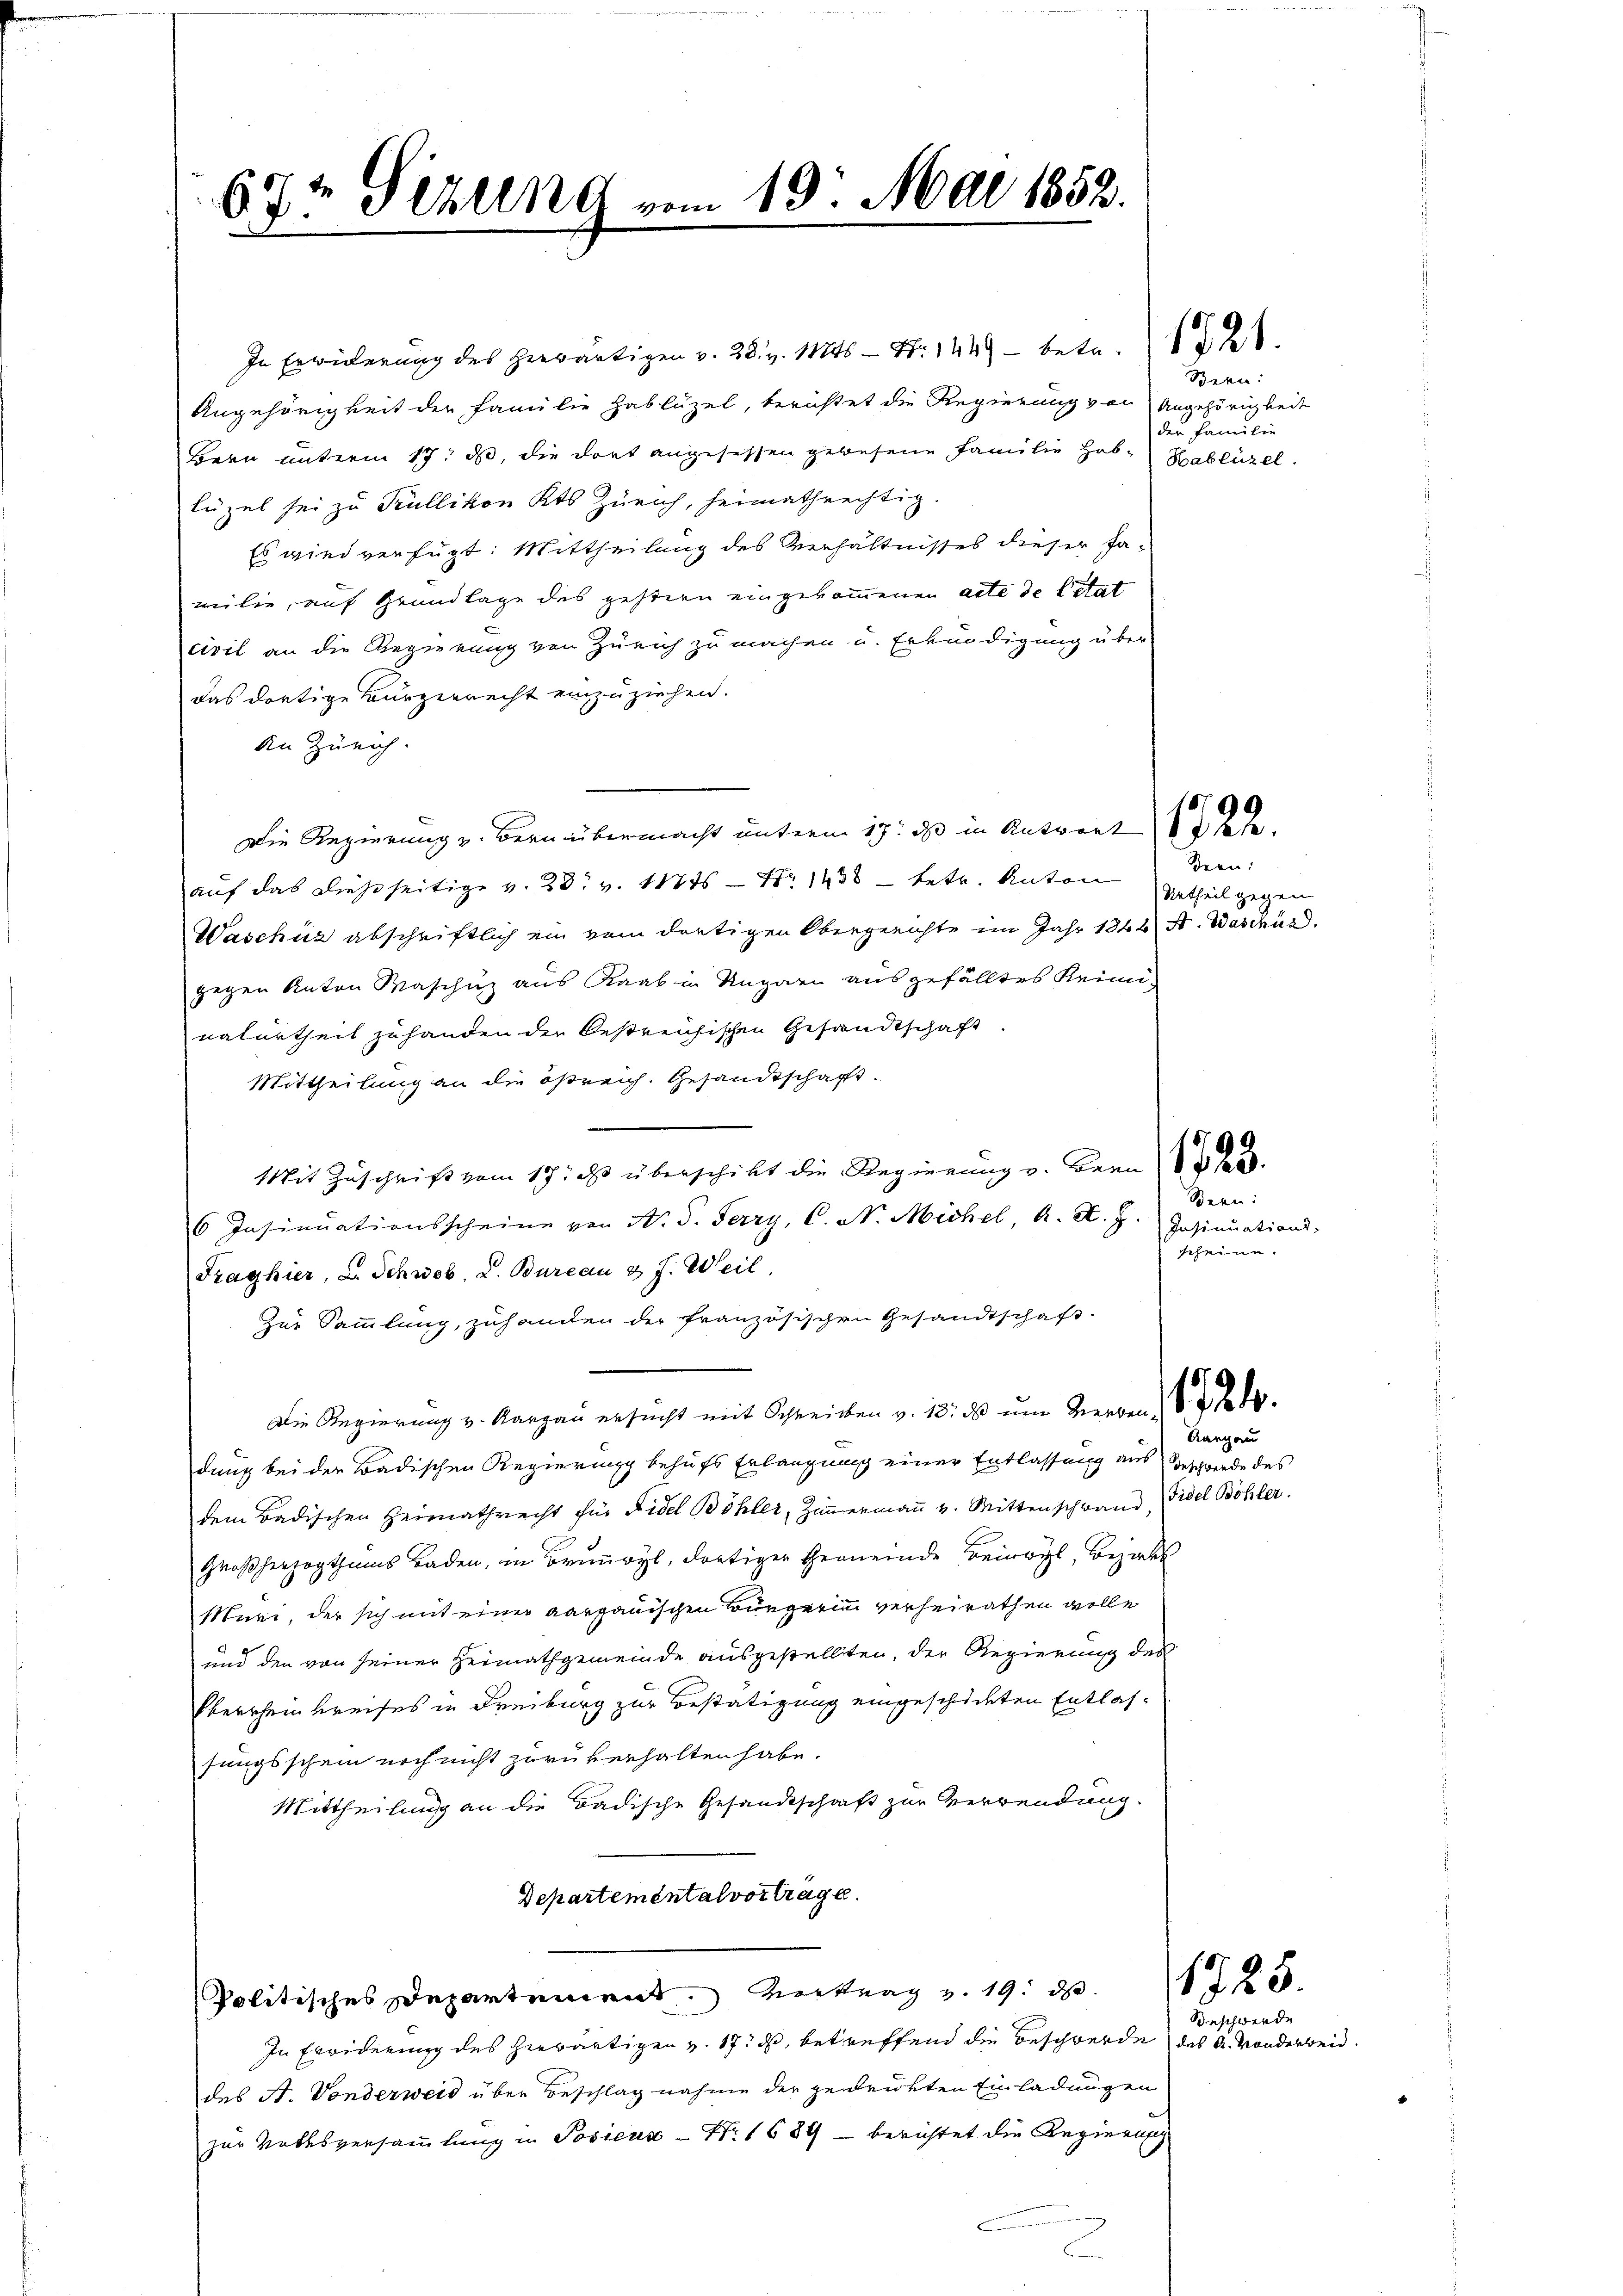
67t Gerung vom 19. Mai 1852.

In Erwiderung des herwärtigen v. 28. v. 11846 - Fr. 1449 - betr. 1821.
Angehörigkeit der Familie Hablüzel, berichtet die Regierung von Angehörigkeit
Bern unterm 17. d, die dort angesessen gewesene Familie Hab-Hablüzel.
lügel sei zu Krüllikon Kts Zürich, heimathrechtig.
Es wird verfügt: Mittheilung des Verhältnisses dieser Jamilie, auf Grundlage des gehtern eingekommenen acte de Citat
civil an die Regierung von Zürich zu machen u. Erkundigung über
das dortige Bürgerrecht einzuziehen.
An Zürich.
Die Regierung u. Bern übermacht unterm 17. ds in Antwort sehe
auf das dießseitige v. 23. v. 11715 - No 1438 – betr. Anton
Waschüz abschriftlich ein vom dortigen Obergerichte im Jahr 1842 A. Waschus
gegen Anton Waschuz aus Raab in Ungarn ausgefälltes Reinnaturtheil zuhanden der bestreichischen Gesandtschaft.
Mittheilung an die ößreich. Gesandtschaft.
Mit Zuschrift vom 17. ds überschickt die Regierung v. Bern
6 Insinuationsscheine von N. S. Ferry, C. N. Michel, A. R. Z.
Traghier, L. Schwab, L. Bureau & J. Weil
Zur Sammlung, zuhanden der französischen Gesandtschaft.
Die Regierung v. Aargau ersucht mit Schreiben v. 18. ds um Zierden,
dung bei der Badischen Regierung behufs Erlangung einer Entlassung aus Geschwerde des
dem Badischen Heimathrecht für Fidel Böhler, Zimmermann v. Mittenschwand, Fidel Böhler
Großherzogthums Baden, in Brunnwyl, dortiger Gemeinde Beinwyl, Bezirk
Muri, der sich mit einer aargauischen Bürgerin verheirathen wolle
und den von seiner Heimathgemeinde ausgestellten, der Regierung des
Eberscheinbreises in Freiburg zur Bestätigung eingescheideten Entlassungsschein noch nicht zurükerhalten habe.
Mittheilung an die Badische Gesandtschaft zur Verwendung.
Departemental vortrage.
Politisches Departement vertrag v. 19. ds.
In Erwiderung des herwärtigen v. 17. ds, betreffend die Beschwerde des A. Monderweid.
des A. Vonderweid über Beschlag nahme der gedrückten Einladungen
zur Volksversammlung in Posiers - N. 1684 – berichtet die Regierung

Bern:
der Familie

Bern:
Urtheil gegen

Bern:
Insinuations-
scheine

1725.

Aargau

Beschwerde